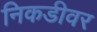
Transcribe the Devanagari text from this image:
निकडीवर